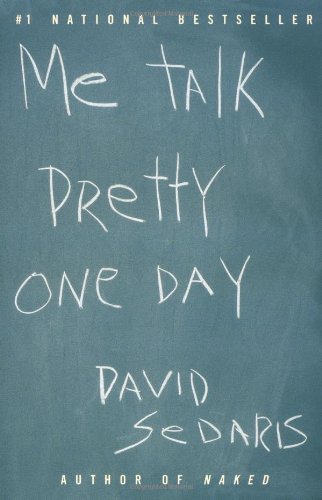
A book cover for Me Talk Pretty One Day; David Sedaris; Humor & Entertainment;